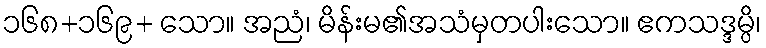
၁၆၈+၁၆၉+ သော။ အညံ၊ မိန်းမ၏အသံမှတပါးသော။ ဧကသဒ္ဒမ္ပိ၊